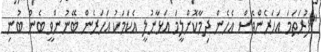
"ފުރަތަމަ އަހަރެންވެސް އެހެން ދިމާކޮށްލީމަ އަޅާނުލީ އެކަމަކު އަހަރެން ބޭނުންވީ ބެން ބުނި